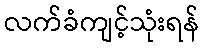
လက်ခံကျင့်သုံးရန်